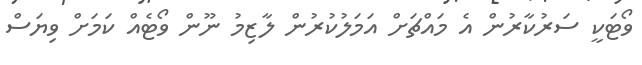
ވޯޓަކީ ސަރުކާރުން އެ މައްޗަށް އަމަލުކުރުން ލާޒިމު ނޫން ވޯޓެއް ކަމަށް ވިޔަސް